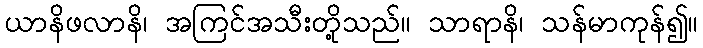
ယာနိဖလာနိ၊ အကြင်အသီးတို့သည်။ သာရာနိ၊ သန်မာကုန်၍။